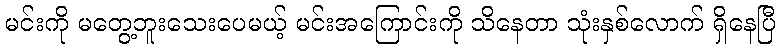
မင်းကို မတွေ့ဘူးသေးပေမယ့် မင်းအကြောင်းကို သိနေတာ သုံးနှစ်လောက် ရှိနေပြီ